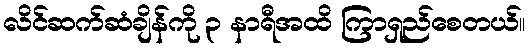
လိင်ဆက်ဆံချိန်ကို ၃ နာရီအထိ ကြာရှည်စေတယ်။